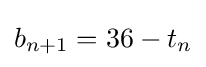
b_{n+1}=36-t_{n}